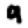
Digit: 9